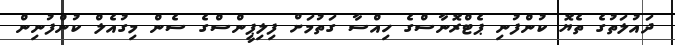
ދައުލަތުގެ ތެޔޮ ކުންފުނި ޕެޓްރޮނާސްގެ ހިއްސާ ގަތުމަށް ފިލިޕީންސްގެ ސެން މިގުއެލް ކުންފުނިން